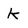
Character: k